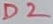
Text: D2